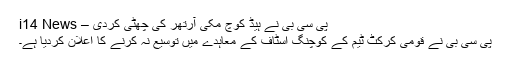
پی سی بی نے ہیڈ کوچ مکی آرتھر کی چھٹی کردی – i14 News
پی سی بی نے قومی کرکٹ ٹیم کے کوچنگ اسٹاف کے معاہدے میں توسیع نہ کرنے کا اعلان کردیا ہے۔